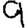
Digit: 9